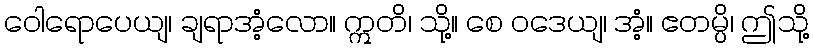
ဝေါရောပေယျ၊ ချရာအံ့လော။ ဣတိ၊ သို့။ စေ ဝဒေယျ၊ အံ့။ ဧတမ္ပိ၊ ဤသို့